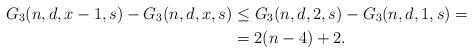
LaTeX: \begin{align*}G_{3}(n,d,x-1,s)-G_{3}(n,d,x,s) & \leq G_{3}(n,d,2,s)-G_{3}(n,d,1,s)=\\& =2(n-4)+2.\end{align*}